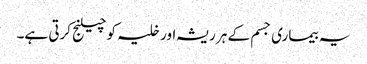
یہ بیماری جسم کے ہر ریشہ اور خلیہ کو چیلنج کرتی ہے۔